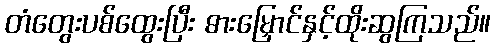
တံတွေးပစ်ထွေးပြီး ဓားမြှောင်နှင့်ထိုးဆွကြသည်။